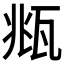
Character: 𤭈